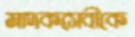
মাদকসেবীকে